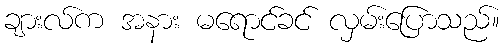
ချားလ်က အနား မရောင်ခင် လှမ်းပြောသည်။